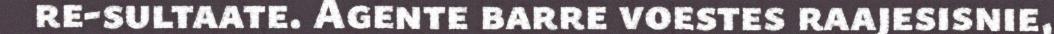
re-sultaate. Agente barre voestes raajesisnie,